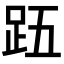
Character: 𮛉